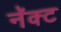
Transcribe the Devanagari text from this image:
नॅक्ट